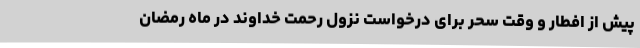
پیش از افطار و وقت سحر برای درخواست نزول رحمت خداوند در ماه رمضان